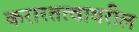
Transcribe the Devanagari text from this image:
करारतत्वावरील